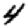
Digit: 4